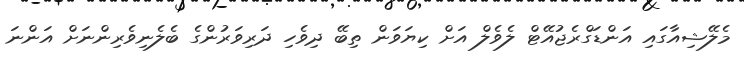
މެލޭޝިއާގައި އަންޑަގްރެޖުއޭޓް ލެވެލް އަށް ކިޔަވަން ތިބޭ ދިވެހި ދަރިވަރުންގެ ބެލެނިވެރިންނަށް އަންނަ